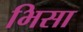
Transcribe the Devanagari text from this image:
भिसा